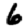
Digit: 6